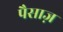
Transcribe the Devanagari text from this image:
पैसाज़